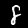
Digit: 8